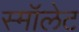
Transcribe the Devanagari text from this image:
स्मॉलेट